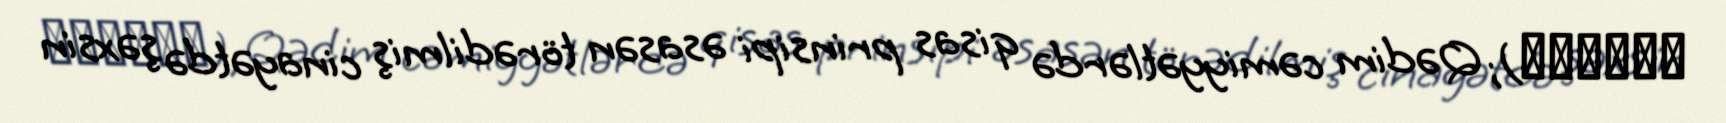
قِصَاص); Qədim cəmiyyətlərdə qisas prinsipi əsasən törədilmiş cinayətdə şəxsin